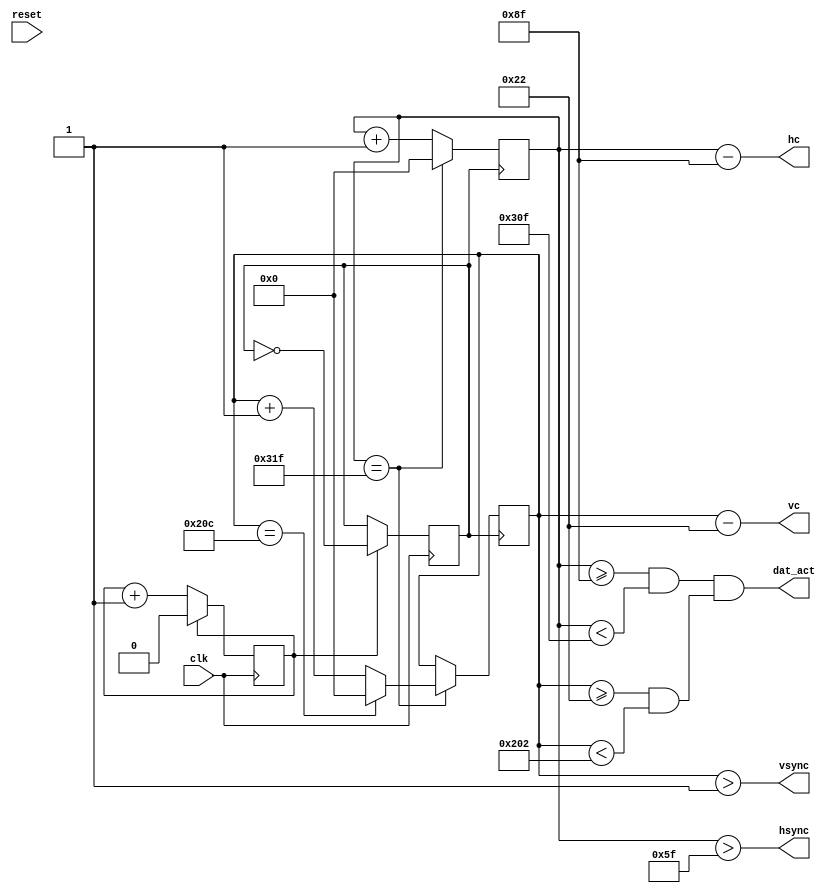
module VGA( clk,reset,hsync, vsync,hc,vc,dat_act);
            input clk; // 100MHz
            input reset;

            output hsync; //VGA 
            output vsync; //VGA 
            output dat_act;
            output [9:0]hc ,vc; //640*480
         

            
            reg [9:0] hcount; //VGA 
            reg [9:0] vcount; //VGA 

            reg flag;
            wire hcount_ov;
            wire vcount_ov;

            wire hsync;
            wire vsync;

            reg vga_clk=0;
            reg cnt_clk=0; //


            //VGA 
            parameter hsync_end = 10'd95,
            hdat_begin = 10'd143,
            hdat_end = 10'd783,
            hpixel_end = 10'd799,

            vsync_end = 10'd1,
            vdat_begin = 10'd34,
            vdat_end = 10'd514,
            vline_end = 10'd524;


        //
            always @(posedge clk)
            begin
                if(cnt_clk == 1)
                begin
                    vga_clk <= ~vga_clk;
                    cnt_clk <= 0;
                 end
                else
                    cnt_clk <= cnt_clk +1;
            end

  //************************VGA *******************************//

            always @(posedge vga_clk)
            begin
                if (hcount_ov)
                    hcount <= 10'd0;
                 else
                     hcount <= hcount + 10'd1;
            end
            assign hcount_ov = (hcount == hpixel_end);

            //
            always @(posedge vga_clk)
            begin
                if (hcount_ov)
                begin
                    if (vcount_ov)
                        vcount <= 10'd0;
                    else
                        vcount <= vcount + 10'd1;
                end
            end
            assign vcount_ov = (vcount == vline_end);

            //
            assign dat_act = ((hcount >= hdat_begin) && (hcount < hdat_end))&& ((vcount >= vdat_begin) && (vcount < vdat_end));
            assign hsync = (hcount > hsync_end);
            assign vsync = (vcount > vsync_end);
           
            //640 x 480 
            assign hc = hcount - hdat_begin;
            assign vc = vcount - vdat_begin;
            
            
            

           
            
endmodule